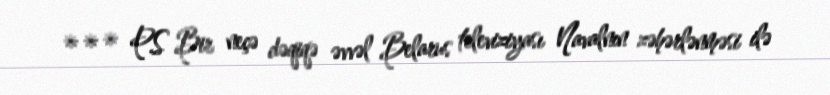
*** P.S Bir neçə dəqiqə əvvəl Belarus televiziyası Navalnın zəhərlənməsi ilə